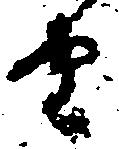
由